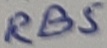
Text: RB5